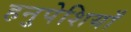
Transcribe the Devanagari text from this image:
हनुपेशियाँ